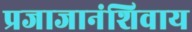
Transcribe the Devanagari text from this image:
प्रजाजानंशिवाय